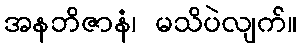
အနဘိဇာနံ၊ မသိပဲလျက်။